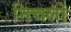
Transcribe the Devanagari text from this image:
निचलो